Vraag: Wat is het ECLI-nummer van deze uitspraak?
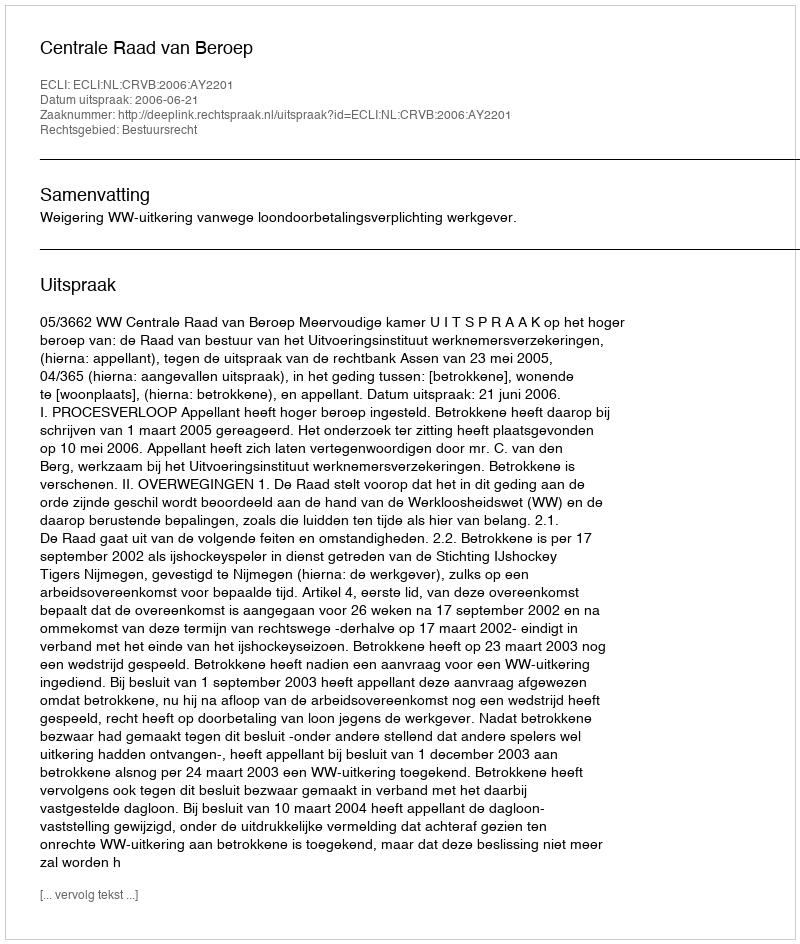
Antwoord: ECLI:NL:CRVB:2006:AY2201